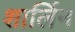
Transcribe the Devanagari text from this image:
शार्लिन